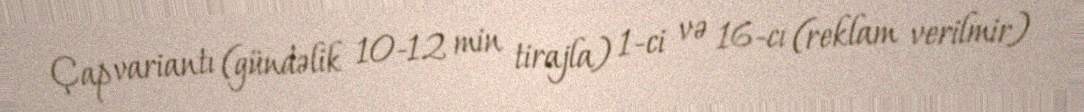
Çap variantı (gündəlik 10-12 min tirajla) 1-ci və 16-cı (reklam verilmir)